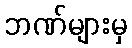
ဘဏ်များမှ